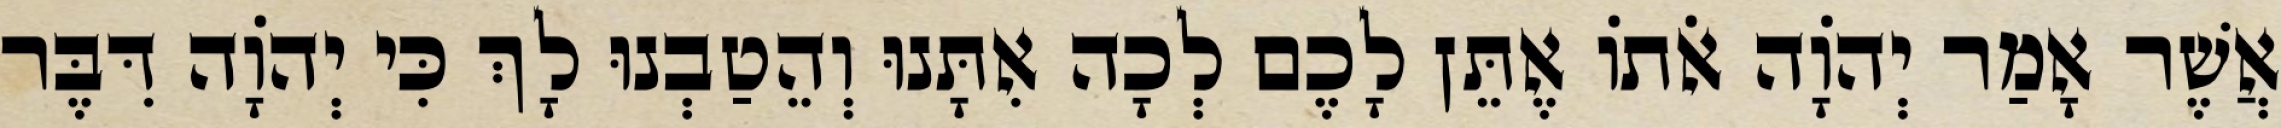
אֲשֶׁר אָמַר יְהֹוָה אֹתוֹ אֶתֵּן לָכֶם לְכָה אִתָּנוּ וְהֵטַבְנוּ לָךְ כִּי יְהוָֹה דִּבֶּר